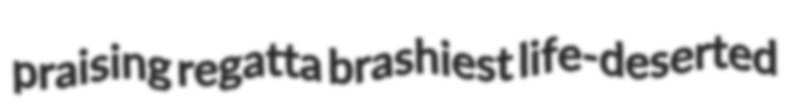
praising regatta brashiest life-deserted